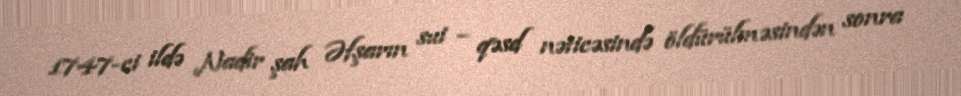
1747-ci ildə Nadir şah Əfşarın sui – qəsd nəticəsində öldürülməsindən sonra